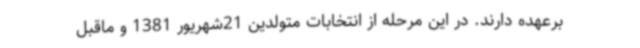
برعهده دارند. در این مرحله از انتخابات متولدین 21شهریور 1381 و ماقبل